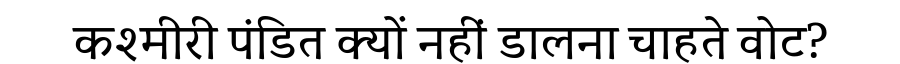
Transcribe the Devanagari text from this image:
कश्मीरी पंडित क्यों नहीं डालना चाहते वोट?